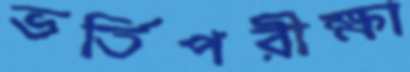
ভর্তিপরীক্ষা